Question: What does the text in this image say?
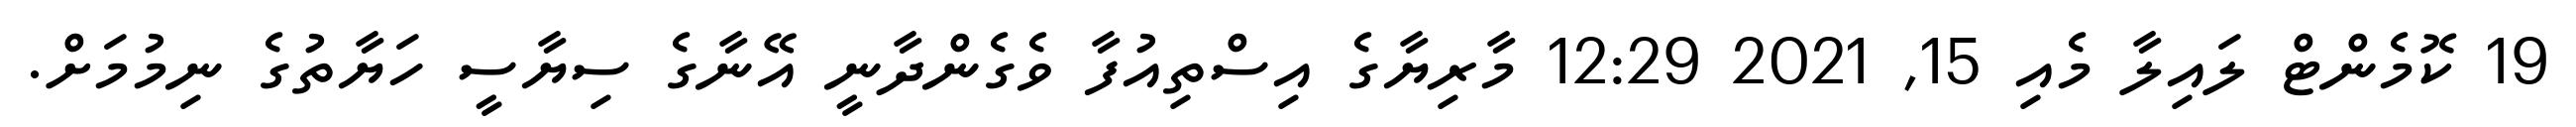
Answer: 19 ކޮމެންޓް ލައިލާ މެއި 15, 2021 12:29 މާރިޔާގެ އިސްތިއުފާ ވެގެންދާނީ އޭނާގެ ސިޔާސީ ހަޔާތުގެ ނިމުމަށް.